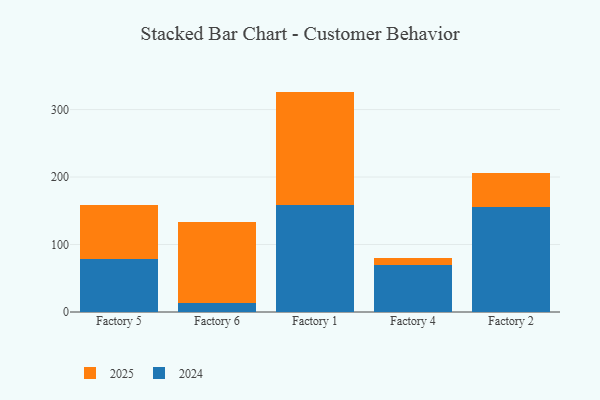
{"axis": {"x": "Factory", "y": "Revenue (USD Million)"}, "legend": ["2024", "2025"], "data": [{"x": "Factory 5", "y": 78.8, "type": "2024"}, {"x": "Factory 5", "y": 79.9, "type": "2025"}, {"x": "Factory 6", "y": 13.2, "type": "2024"}, {"x": "Factory 6", "y": 119.9, "type": "2025"}, {"x": "Factory 1", "y": 158.4, "type": "2024"}, {"x": "Factory 1", "y": 168.2, "type": "2025"}, {"x": "Factory 4", "y": 69.8, "type": "2024"}, {"x": "Factory 4", "y": 10.7, "type": "2025"}, {"x": "Factory 2", "y": 155.1, "type": "2024"}, {"x": "Factory 2", "y": 50.6, "type": "2025"}]}